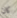
كان